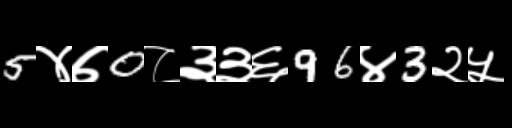
Text: 5४७0८३३६96४3२५